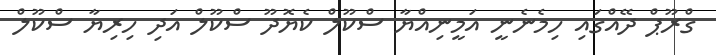
ގްރޫޕް ދޭއްގައި ހިމެނެނީ އަމީނިއްޔާ ސްކޫލް ކެޔޮދޫ ސްކޫލް އަދި ހިރިޔާ ސްކޫލް